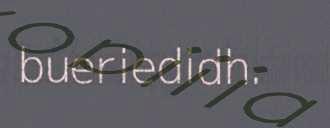
bueriedidh.